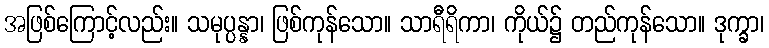
အဖြစ်ကြောင့်လည်း။ သမုပ္ပန္နာ၊ ဖြစ်ကုန်သော။ သာရီရိကာ၊ ကိုယ်၌ တည်ကုန်သော။ ဒုက္ခာ၊